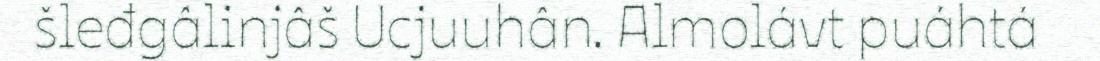
šleđgâlinjâš Ucjuuhân. Almolávt puáhtá